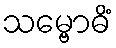
သမ္ဗောဓိံ